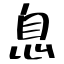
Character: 息